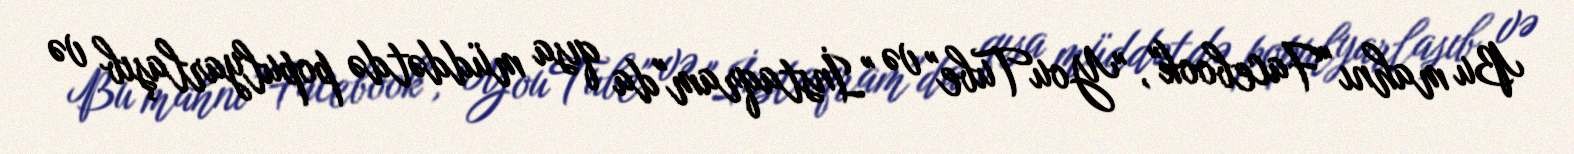
Bu mahnı "Facebook", "YouTube" və "İnstaqram"da qısa müddətdə populyarlaşıb və